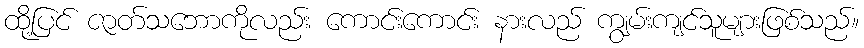
ထို့ပြင် ဇာတ်သဘောကိုလည်း ကောင်းကောင်း နားလည် ကျွမ်းကျင်သူများဖြစ်သည်။